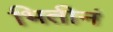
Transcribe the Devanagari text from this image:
भितीनं